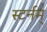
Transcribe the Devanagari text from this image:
स्टर्नम्‌